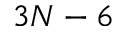
3 N - 6